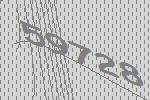
59728